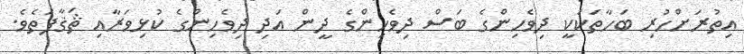
އިތުރަށްހުރި ބަހާތަކަކީ ދިވެހިންގެ ބަސް ދިވެހިންގެ ދީން އަދި ދިވެހިންގެ ކުޅިވަރާއި ޘަޤާފަތެވެ.